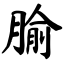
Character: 腧